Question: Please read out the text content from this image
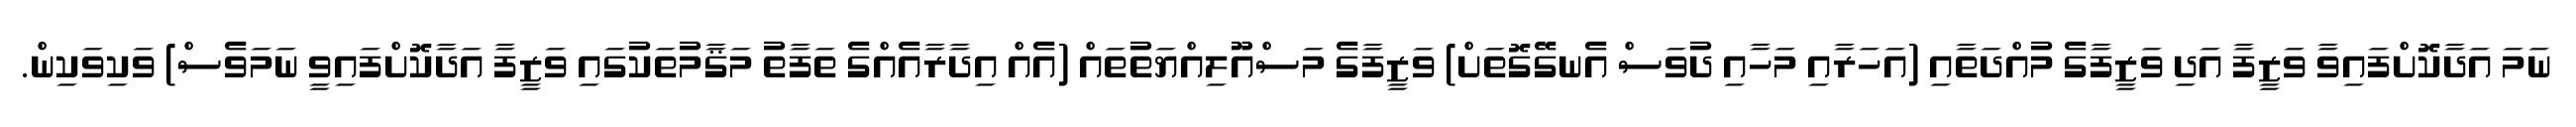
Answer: ނަމަ އަދާކޮށްފައިވާ ވަޒީފާ އަދި ވަޒީފާގެ މުއްދަތާއި (އަހަރާއި މަހާއި ދުވަސް އެނގޭގޮތަށް) ވަޒީފާގެ މަސްއޫލިއްޔަތުތައް (އެއް އިދާރާއެއްގެ ތަފާތު މަޤާމުތަކުގައި ވަޒީފާ އަދާކޮށްފައިވީ ނަމަވެސް) ވަކިވަކިން.